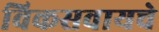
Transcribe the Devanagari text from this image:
विकसवायचे